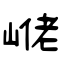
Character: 峔